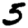
Digit: 5